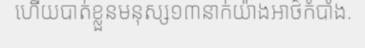
ហើយបាត់ខ្លួនមនុស្ស១៣នាក់យ៉ាងអាថ៌កំបាំង.